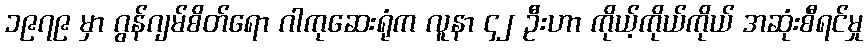
၁၉၇၉ မှာ ဂွန်ဂျမ်စိတ်ရော ဂါကုဆေးရုံက လူနာ ၄၂ ဦးဟာ ကိုယ့်ကိုယ်ကိုယ် အဆုံးစီရင်မှု